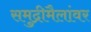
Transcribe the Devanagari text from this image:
समुद्रीमैलांवर